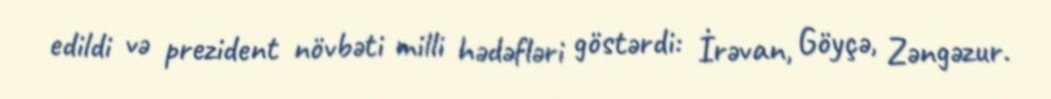
edildi və prezident növbəti milli hədəfləri göstərdi: İrəvan, Göyçə, Zəngəzur.